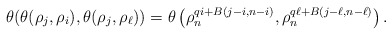
\begin{align*} \theta(\theta(\rho_{j}, \rho_{i}), \theta(\rho_{j}, \rho_{\ell}))&=\theta\left( \rho_n^{qi+B(j-i,n-i)}, \rho_n^{q\ell+B(j-\ell,n-\ell)}\right).\end{align*}